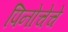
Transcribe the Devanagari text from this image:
पिनोचेचे